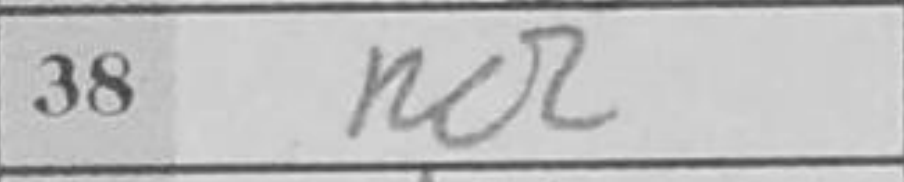
Transcription: Re2